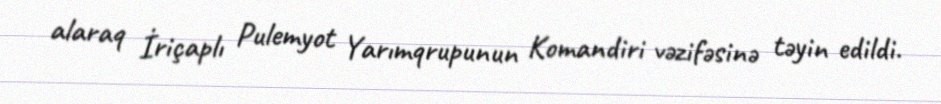
alaraq İriçaplı Pulemyot Yarımqrupunun Komandiri vəzifəsinə təyin edildi.